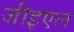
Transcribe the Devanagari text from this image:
जीइएल